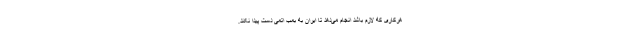
هرکاری که لازم باشد انجام می‌دهد تا ایران به بمب اتمی دست پیدا نکند.